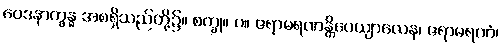
ဝေဒနာက္ခန္ဓ အစရှိသည်တို့၌။ စက္ခု။ ပ။ ဇရာမရဏန္တိပေယျာလေန၊ ဇရာမရဏံ၊